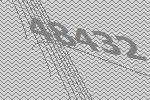
48432